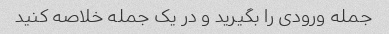
جمله ورودی را بگیرید و در یک جمله خلاصه کنید